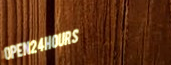
Open24Hours